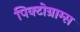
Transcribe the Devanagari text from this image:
पिक्टोग्राम्स